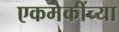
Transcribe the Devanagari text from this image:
एकमेकींच्या